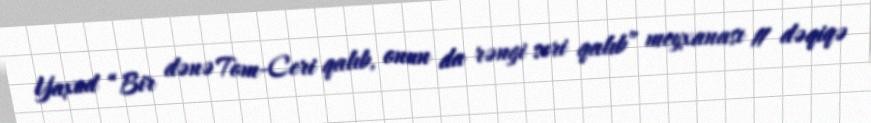
Yaxud “Bir dənə Tom-Ceri qalıb, onun da rəngi seri qalıb” meyxanası 11 dəqiqə